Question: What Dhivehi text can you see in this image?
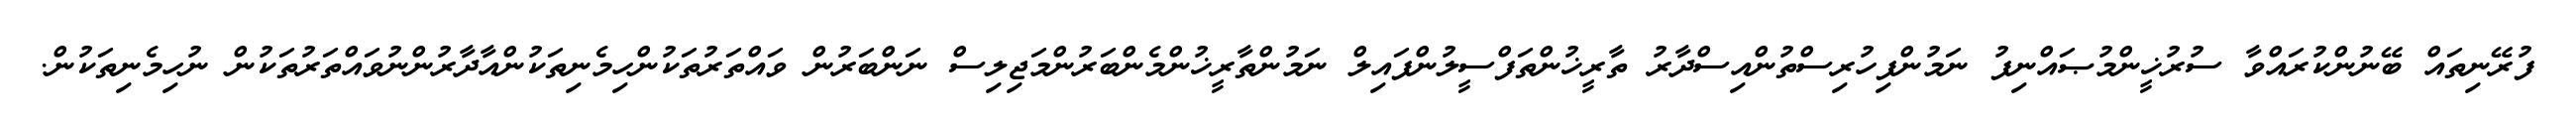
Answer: ފުރޭނިތައް ބޭނުންކުރައްވާ ސުރުޚީންމުޞައްނިފު ނަމުންފިހުރިސްތުންއިސްދާރު ތާރީޚުންތަފްސީލުންފައިލް ނަމުންތާރީޚުންމެންބަރުންމަޖިލިސް ނަންބަރުން ވައްތަރުތަކުންހިމެނިތަކުންއާދާރުންނުވައްތަރުތަކުން ނުހިމެނިތަކުން.